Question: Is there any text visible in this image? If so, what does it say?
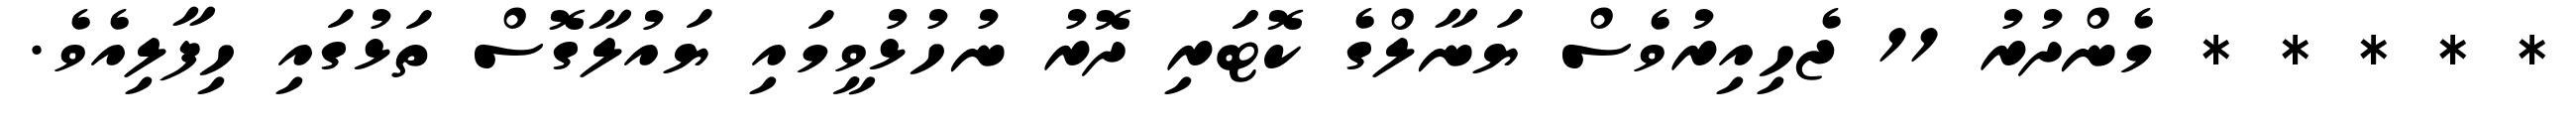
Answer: * * * * * މެންދުރު 11 ޖެހިއިރުވެސް ޔަނާލްގެ ކޮޓަަރި ދޮރު ނުހުޅުވީމައި ޔައުލާގޮސް ތަޅުގައި ހިފާލިއެވެ.